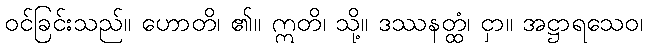
ဝင်ခြင်းသည်။ ဟောတိ၊ ၏။ ဣတိ၊ သို့။ ဒဿနတ္ထံ၊ ငှာ။ အဋ္ဌာရသေဝ၊